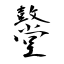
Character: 鼞